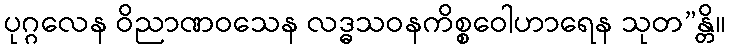
ပုဂ္ဂလေန ဝိညာဏဝသေန လဒ္ဓသဝနကိစ္စဝေါဟာရေန သုတ”န္တိ။